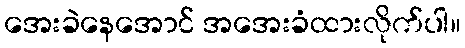
အေးခဲနေအောင် အအေးခံထားလိုက်ပါ။